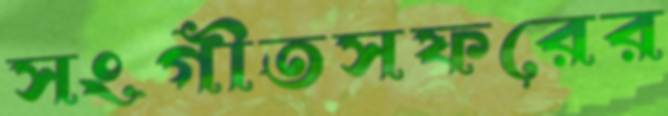
সংগীতসফরের